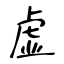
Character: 虚